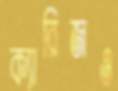
ক্যারিজও